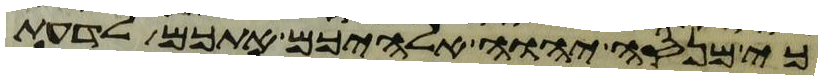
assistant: כי מנסה יהוה אלהיכם אתכם לדעת